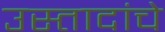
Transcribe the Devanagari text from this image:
उस्तादांचे